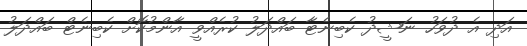
އަދި އެ ދުވަހު ނަޝީދު ކެބިނެޓާ ބައްދަލު ކުރެއްވީ އާންމުކޮށް ކެބިނެޓް ބައްދަލު